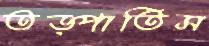
তড়্‌পাতিস